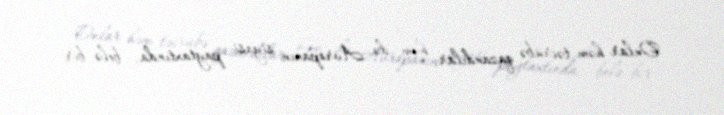
Onlar həm təcrübə qazandılar, həm də Avropanın siyasi paytaxtında, belə bir